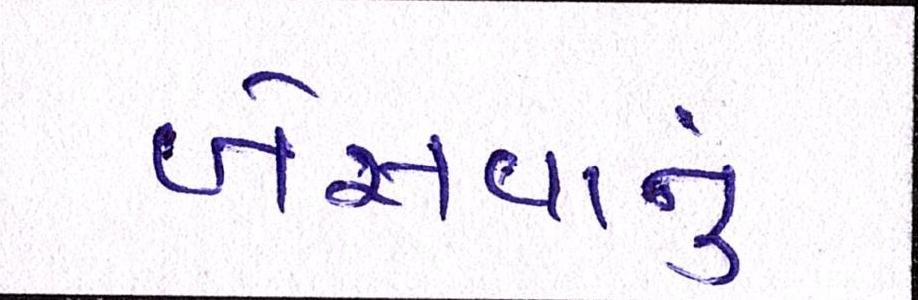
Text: બેસવાનું